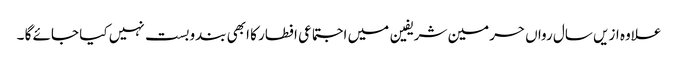
علاوہ ازیں سال رواں حرمین شریفین میں اجتماعی افطار کا ابھی بندوبست نہیں کیا جائے گا ۔